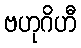
ဗဟုဂိဟီ